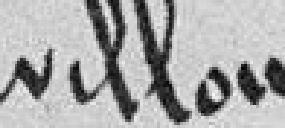
la rue du pavillon